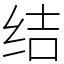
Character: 结